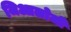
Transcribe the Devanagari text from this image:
जिआलोजी